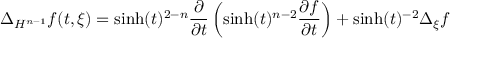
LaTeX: \Delta _ { H ^ { n - 1 } } f ( t , \xi ) = \sinh ( t ) ^ { 2 - n } { \frac { \partial } { \partial t } } \left( \sinh ( t ) ^ { n - 2 } { \frac { \partial f } { \partial t } } \right) + \sinh ( t ) ^ { - 2 } \Delta _ { \xi } f